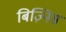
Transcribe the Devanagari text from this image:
बिज़्निस